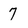
Character: 7